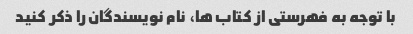
با توجه به فهرستی از کتاب ها، نام نویسندگان را ذکر کنید